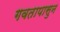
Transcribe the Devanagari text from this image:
गवतापासुन